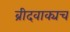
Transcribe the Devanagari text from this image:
ब्रीदवाक्यच